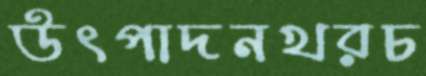
উৎপাদনখরচ